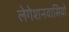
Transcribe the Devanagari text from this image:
लेगेशनवासियों